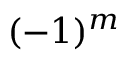
( - 1 ) ^ { m }